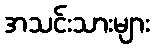
အသင်းသားများ